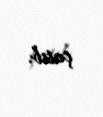
çatıb.